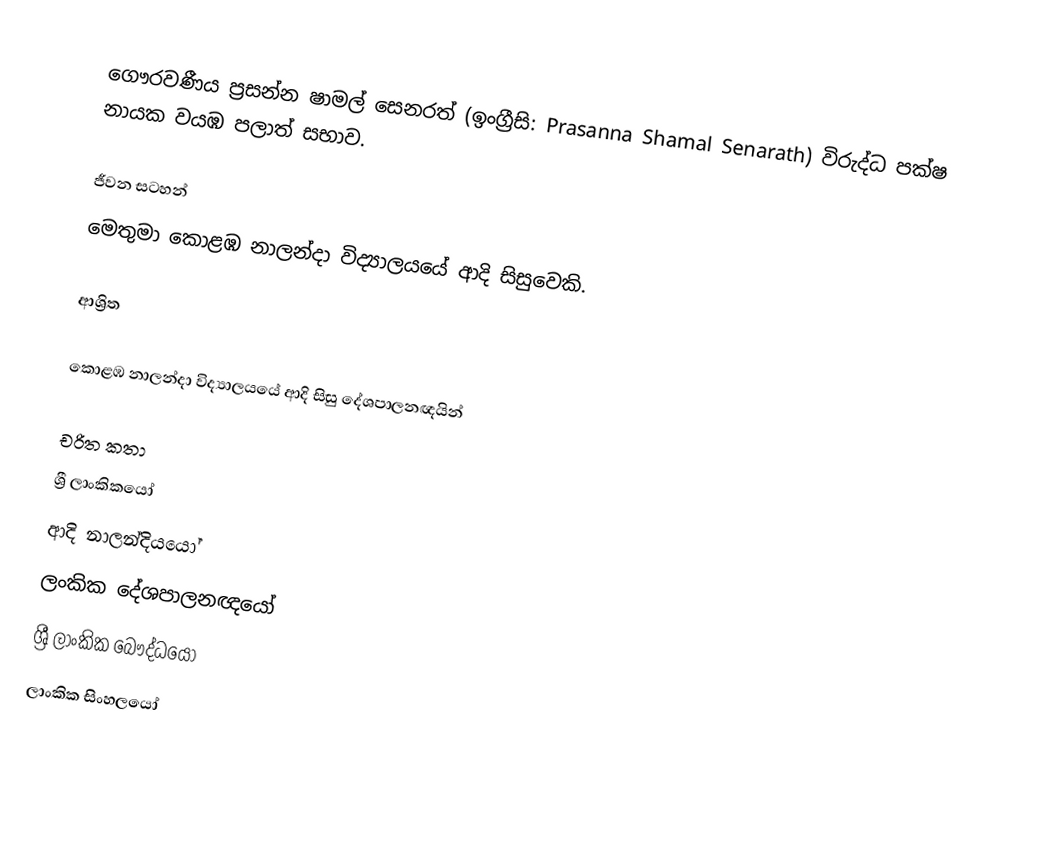
ගෞරවණීය  ප්‍රසන්න ෂාමල් සෙනරත් (ඉංග්‍රීසි: Prasanna Shamal Senarath) විරුද්ධ පක්ෂ නායක වයඹ පලාත් සභාව.

ජීවන සටහන්
මෙතුමා  කොළඹ නාලන්දා විද්‍යාලයයේ ආදි සිසුවෙකි.

ආශ්‍රිත

කොළඹ නාලන්දා විද්‍යාලයයේ ආදි සිසු දේශපාලනඥයින්

චරිත කතා
ශ්‍රී ලාංකිකයෝ
ආදි නාලන්දියයෝ
ලංකික දේශපාලනඥයෝ
ශ්‍රී ලාංකික බෞද්ධයෝ
ලාංකික සිංහලයෝ